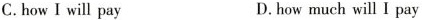
C.how I will pay D.how much will I pay